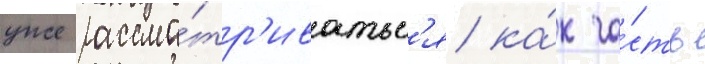
уже рассма́тр'иватьс'я ка́к ча́сть